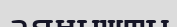
аянышты